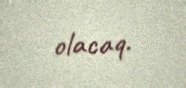
olacaq.